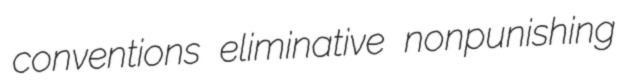
conventions eliminative nonpunishing